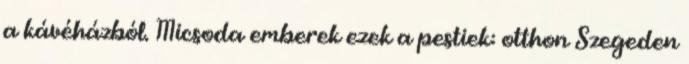
a kávéházból. Micsoda emberek ezek a pestiek: otthon Szegeden